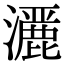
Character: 𤂢